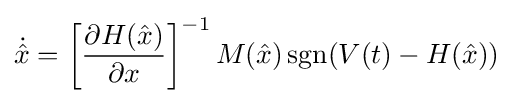
{\dot {\hat {x}}}=\left[{\frac {\partial H({\hat {x}})}{\partial x}}\right]^{-1}M({\hat {x}})\operatorname {sgn}(V(t)-H({\hat {x}}))